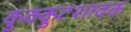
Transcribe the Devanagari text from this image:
कुक्कुटशावक